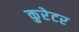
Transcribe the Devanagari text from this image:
कुरेटर